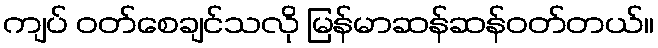
ကျပ် ဝတ်စေချင်သလို မြန်မာဆန်ဆန်ဝတ်တယ်။